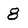
Character: 8